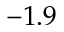
- 1 . 9